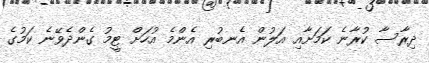
ދިރާސާ ކުރާނެ ކަމަށާއި އަލުން އެނބުރި އެންމެ އުހަށް ޓީމު ގެންދެވޭނެ ކަމުގެ